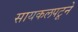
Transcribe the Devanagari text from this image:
सायकलपटूने